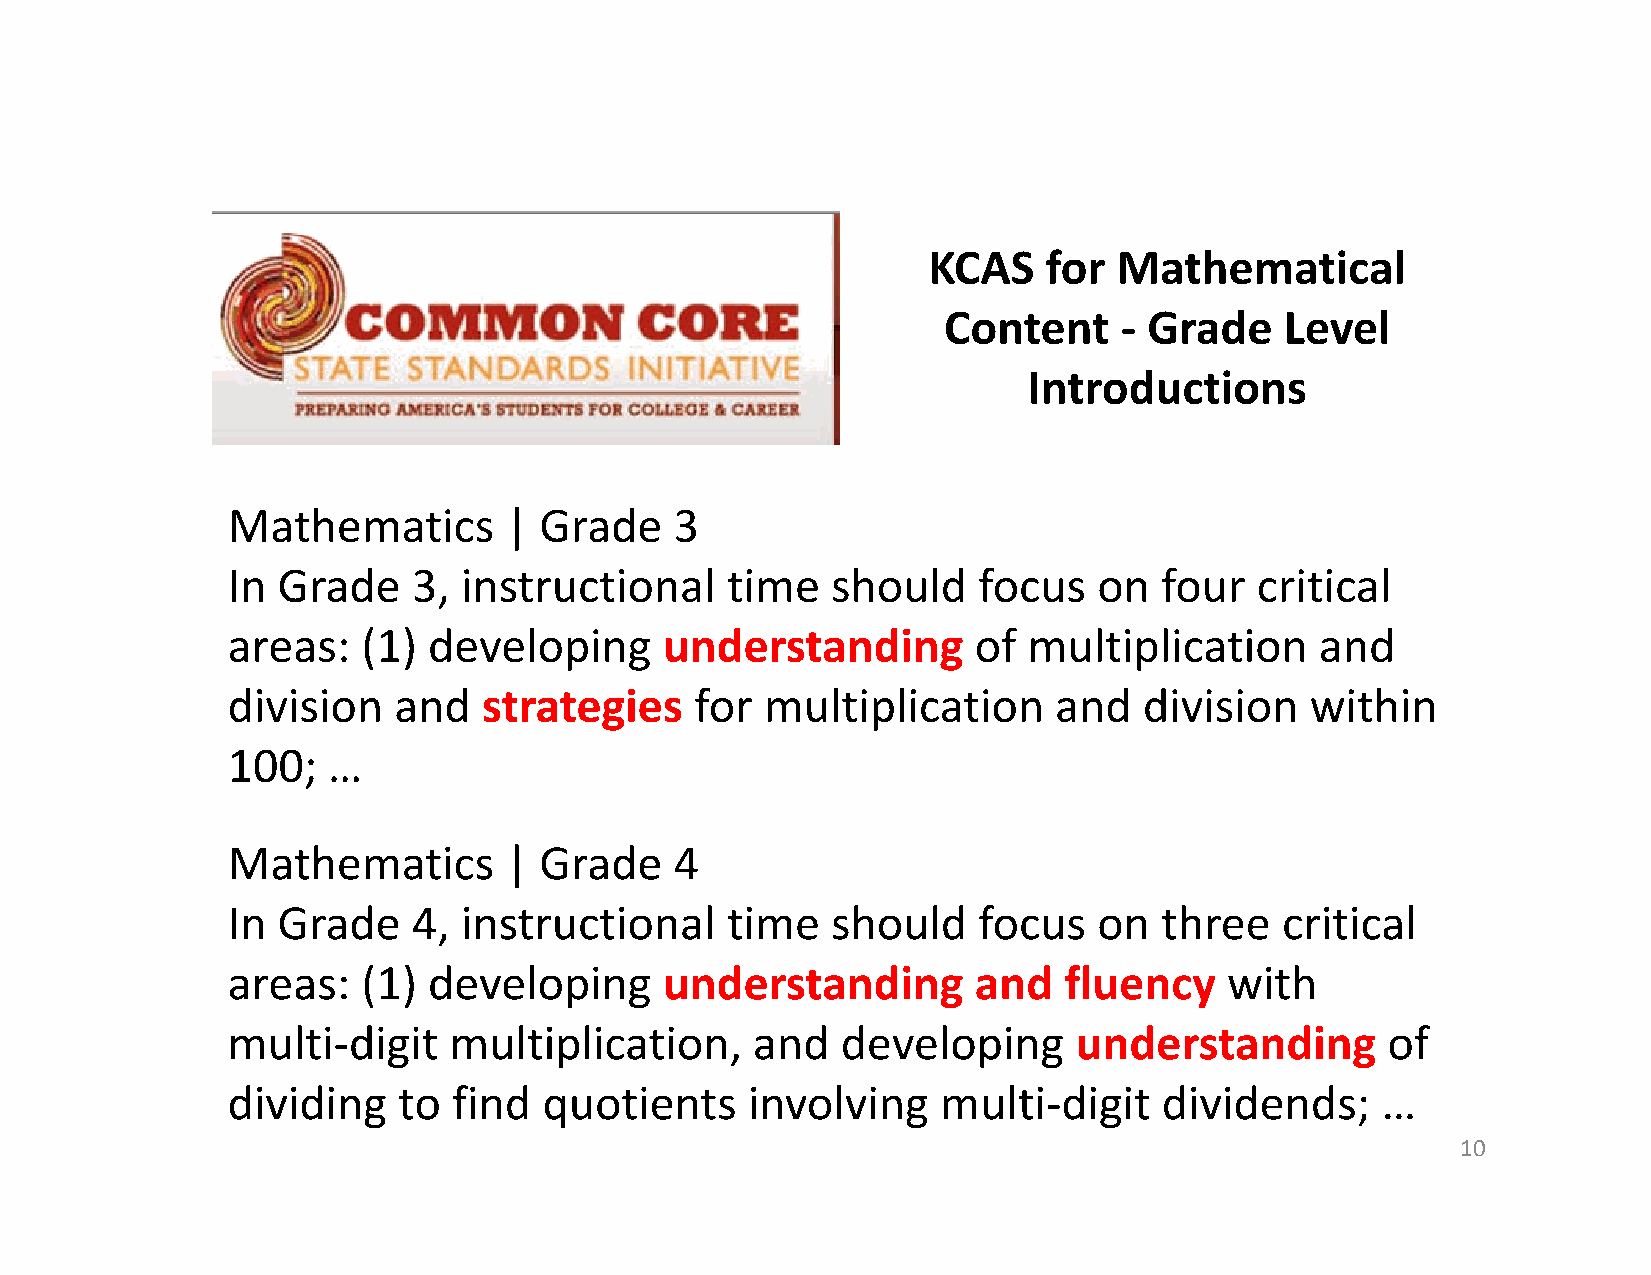
KCAS    for  Mathematical
 Content     ‐ Grade    Level
 IInnttrroodduuccttiioonnss
 Mathematics       |  Grade    3
 In Grade    3,  instructional    time   should    focus   on  four  critical
 areas:   (1) developing      understanding       of  multiplication     and
 ddiivviissiioonn aanndd ssttrraatteeggiieess ffoorr mmuullttiipplliiccaattiioonn aanndd ddiivviissiioonn wwiitthhiinn
 100;   …
 MMaatthheemmaattiiccss || GGrraaddee 44
 In Grade    4,  instructional    time   should    focus   on  three   critical
 areas:   (1) developing      understanding       and   fluency    with
 mmuullttii‐ddiiggiitt mmuullttiipplliiccaattiioonn, aanndd ddeevveellooppiinngg uunnddeerrssttaannddiinngg ooff
 dividing   to  find  quotients    involving    multi‐digit    dividends;    …
 10